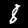
Digit: 8